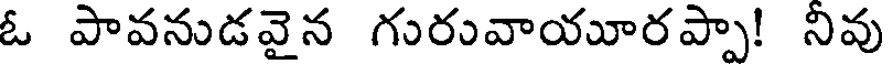
ఓ పావనుడవైన గురువాయూరప్పా! నివు